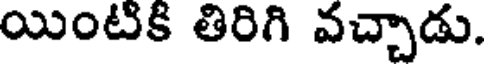
యింటికి తిరిగి వచ్చాడు.